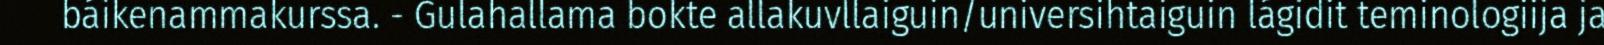
báikenammakurssa. - Gulahallama bokte allakuvllaiguin/universihtaiguin lágidit teminologiija ja